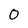
Character: 0